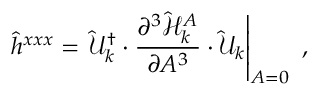
\hat { h } ^ { x x x } = \left. \hat { \mathcal { U } } _ { k } ^ { \dagger } \cdot \frac { \partial ^ { 3 } \hat { \mathcal { H } } _ { k } ^ { A } } { \partial A ^ { 3 } } \cdot \hat { \mathcal { U } } _ { k } \right\vert _ { A = 0 } \mathrm { ~ , ~ }